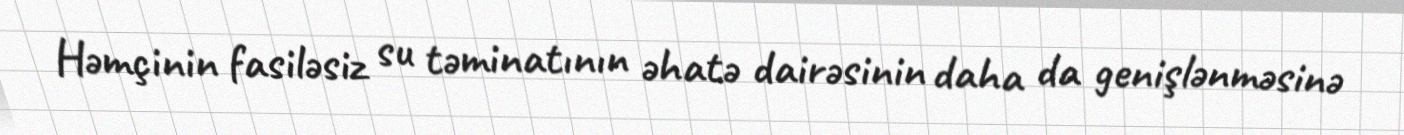
Həmçinin fasiləsiz su təminatının əhatə dairəsinin daha da genişlənməsinə